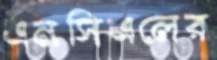
এনসিএলের